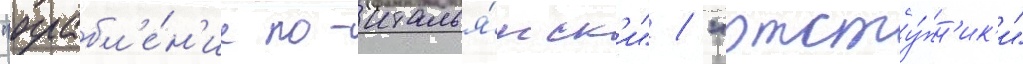
"ограбл'е́н'ие по-италья́нск'и" / "отсту́пн'ик'и"